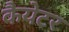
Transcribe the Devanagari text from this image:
कैयेटर